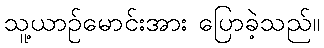
သူ့ယာဉ်မောင်းအား ပြောခဲ့သည်။